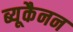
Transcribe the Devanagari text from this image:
ब्यूकैनन